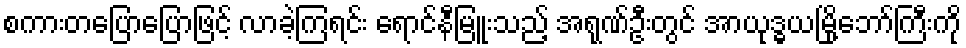
စကားတပြောပြောဖြင့် လာခဲ့ကြရင်း ရောင်နီမြူးသည့် အရုဏ်ဦးတွင် အာယုဒ္ဓယမြို့ဘော်ကြီးကို